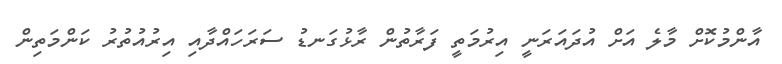
އާންމުކޮށް މާލެ އަށް އުދައަރަނީ އިރުމަތީ ފަރާތުން ރާޅުގަނޑު ސަރަހައްދާއި އިރުއުތުރު ކަންމަތިން